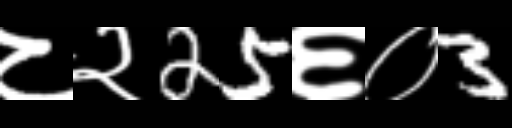
Text: ८२25६०3